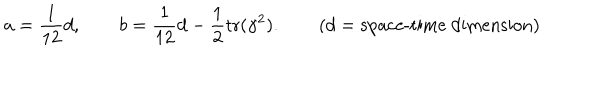
a = \frac { 1 } { 1 2 } d , \qquad b = \frac { 1 } { 1 2 } d - \frac { 1 } { 2 } \textrm { t r } ( \gamma ^ { 2 } ) . \qquad ( d = \textrm { s p a c e - t i m e d i m e n s i o n } )